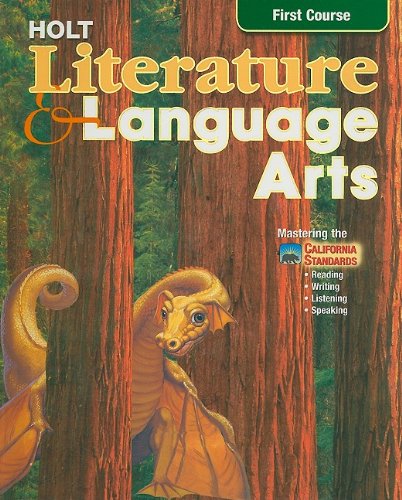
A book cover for Holt Literature and Language Arts: First Course- Mastering the California Standards- Reading, Writing, Listening, Speaking, California Edition; Kylene Beers; Teen & Young Adult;